Leprosy in India: report of the Leprosy Commission in India, 1890-91
Year: 1890
Disease focus: Leprosy
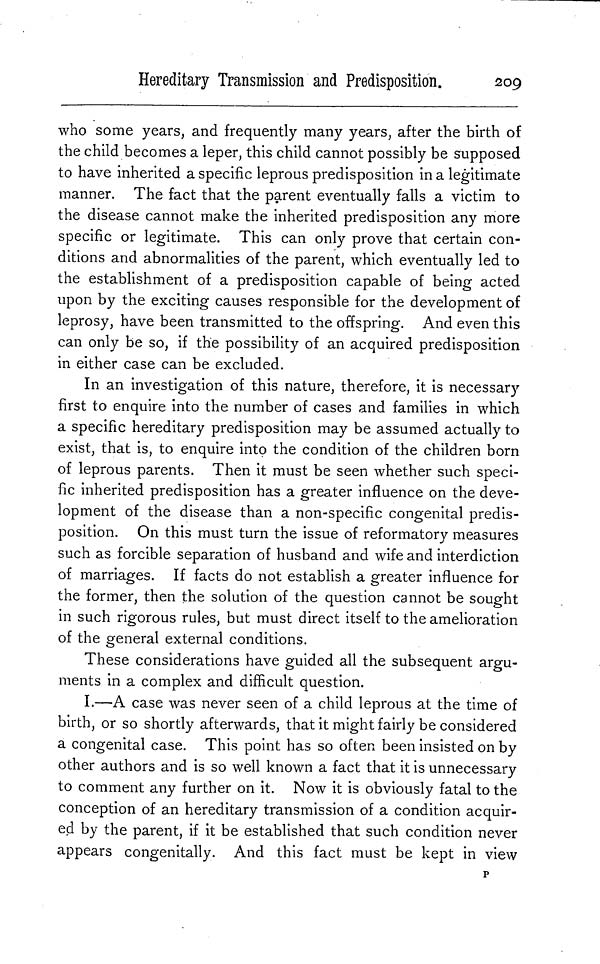
Hereditary Transmission and Predisposition.
209
who some years, and frequently many years, after the birth of
the child becomes a leper, this child cannot possibly be supposed
to have inherited a specific leprous predisposition in a legitimate
manner. The fact that the parent eventually falls a victim to
the disease cannot make the inherited predisposition any more
specific or legitimate. This can only prove that certain con-
ditions and abnormalities of the parent, which eventually led to
the establishment of a predisposition capable of being acted
upon by the exciting causes responsible for the development of
leprosy, have been transmitted to the offspring. And even this
can only be so, if the possibility of an acquired predisposition
in either case can be excluded.
In an investigation of this nature, therefore, it is necessary
first to enquire into the number of cases and families in which
a specific hereditary predisposition may be assumed actually to
exist, that is, to enquire into the condition of the children born
of leprous parents. Then it must be seen whether such speci-
fic inherited predisposition has a greater influence on the deve-
lopment of the disease than a non-specific congenital predis-
position. On this must turn the issue of reformatory measures
such as forcible separation of husband and wife and interdiction
of marriages. If facts do not establish a greater influence for
the former, then the solution of the question cannot be sought
in such rigorous rules, but must direct itself to the amelioration
of the general external conditions.
These considerations have guided all the subsequent argu-
ments in a complex and difficult question.
I.—A case was never seen of a child leprous at the time of
birth, or so shortly afterwards, that it might fairly be considered
a congenital case. This point has so often been insisted on by
other authors and is so well known a fact that it is unnecessary
to comment any further on it. Now it is obviously fatal to the
conception of an hereditary transmission of a condition acquir-
ed by the parent, if it be established that such condition never
appears congenitally. And this fact must be kept in view
p